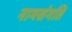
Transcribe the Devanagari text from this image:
नामसंगति